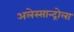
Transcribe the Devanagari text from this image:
अलेस्सान्द्रोला